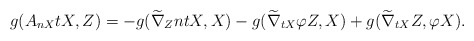
\begin{align*}g(A_{nX}tX,Z)=-g(\widetilde\nabla_{Z}ntX, X)-g(\widetilde\nabla_{tX}\varphi Z, X)+g(\widetilde\nabla_{tX}Z, \varphi X).\end{align*}